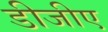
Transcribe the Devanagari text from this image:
डीजीए